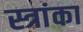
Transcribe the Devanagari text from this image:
स्त्रांका